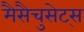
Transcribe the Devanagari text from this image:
मैसैचुसेट्स